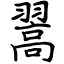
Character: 翯